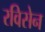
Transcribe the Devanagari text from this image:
रविसेन